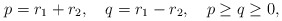
\begin{align*}p=r_1 + r_2, \quad q = r_1 - r_2,\quad p\ge q \ge 0,\end{align*}